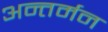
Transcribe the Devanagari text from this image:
अन्‍तर्मन